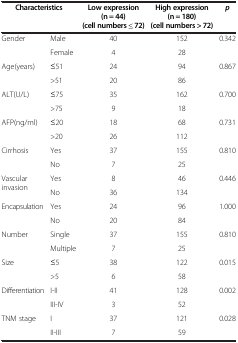
<table><thead><tr><td colspan="2"><b>Characteristics</b></td><td><b>Low expression (n = 44) (cell numbers ≤ 72)</b></td><td><b>High expression (n = 180) (cell numbers &gt; 72)</b></td><td><b><i>p</i></b></td></tr></thead><tbody><tr><td rowspan="2">Gender</td><td>Male</td><td>40</td><td>152</td><td rowspan="2">0.342</td></tr><tr><td>Female</td><td>4</td><td>28</td></tr><tr><td rowspan="2">Age(years)</td><td>≤51</td><td>24</td><td>94</td><td rowspan="2">0.867</td></tr><tr><td>&gt;51</td><td>20</td><td>86</td></tr><tr><td rowspan="2">ALT(U/L)</td><td>≤75</td><td>35</td><td>162</td><td rowspan="2">0.700</td></tr><tr><td>&gt;75</td><td>9</td><td>18</td></tr><tr><td rowspan="2">AFP(ng/ml)</td><td>≤20</td><td>18</td><td>68</td><td rowspan="2">0.731</td></tr><tr><td>&gt;20</td><td>26</td><td>112</td></tr><tr><td rowspan="2">Cirrhosis</td><td>Yes</td><td>37</td><td>155</td><td rowspan="2">0.810</td></tr><tr><td>No</td><td>7</td><td>25</td></tr><tr><td rowspan="2">Vascular invasion</td><td>Yes</td><td>8</td><td>46</td><td rowspan="2">0.446</td></tr><tr><td>No</td><td>36</td><td>134</td></tr><tr><td rowspan="2">Encapsulation</td><td>Yes</td><td>24</td><td>96</td><td rowspan="2">1.000</td></tr><tr><td>No</td><td>20</td><td>84</td></tr><tr><td rowspan="2">Number</td><td>Single</td><td>37</td><td>155</td><td rowspan="2">0.810</td></tr><tr><td>Multiple</td><td>7</td><td>25</td></tr><tr><td rowspan="2">Size</td><td>≤5</td><td>38</td><td>122</td><td rowspan="2">0.015</td></tr><tr><td>&gt;5</td><td>6</td><td>58</td></tr><tr><td rowspan="2">Differentiation</td><td>I-II</td><td>41</td><td>128</td><td rowspan="2">0.002</td></tr><tr><td>III-IV</td><td>3</td><td>52</td></tr><tr><td>TNM stage</td><td>I</td><td>37</td><td>121</td><td>0.028</td></tr><tr><td> </td><td>II-III</td><td>7</td><td>59</td><td> </td></tr></tbody></table>